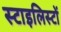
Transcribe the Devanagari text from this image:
स्टाइलिस्टों